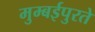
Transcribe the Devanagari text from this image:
मुम्बईपुरते